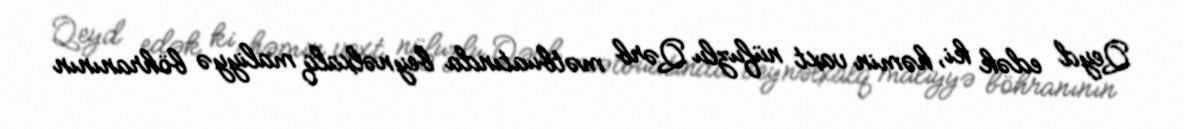
Qeyd edək ki, həmin vaxt nüfuzlu Qərb mətbuatında beynəlxalq maliyyə böhranının